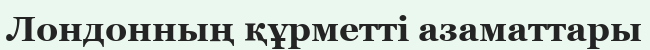
Лондонның құрметті азаматтары